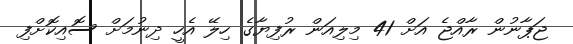
ޖަޕާނުން ރާއްޖެ އަށް 41 މިލިއަން ރުފިޔާގެ ހިލޭ އެހީ ދިނުމަށް ސޮއިކޮށްފި